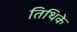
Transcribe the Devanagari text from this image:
तिथिके